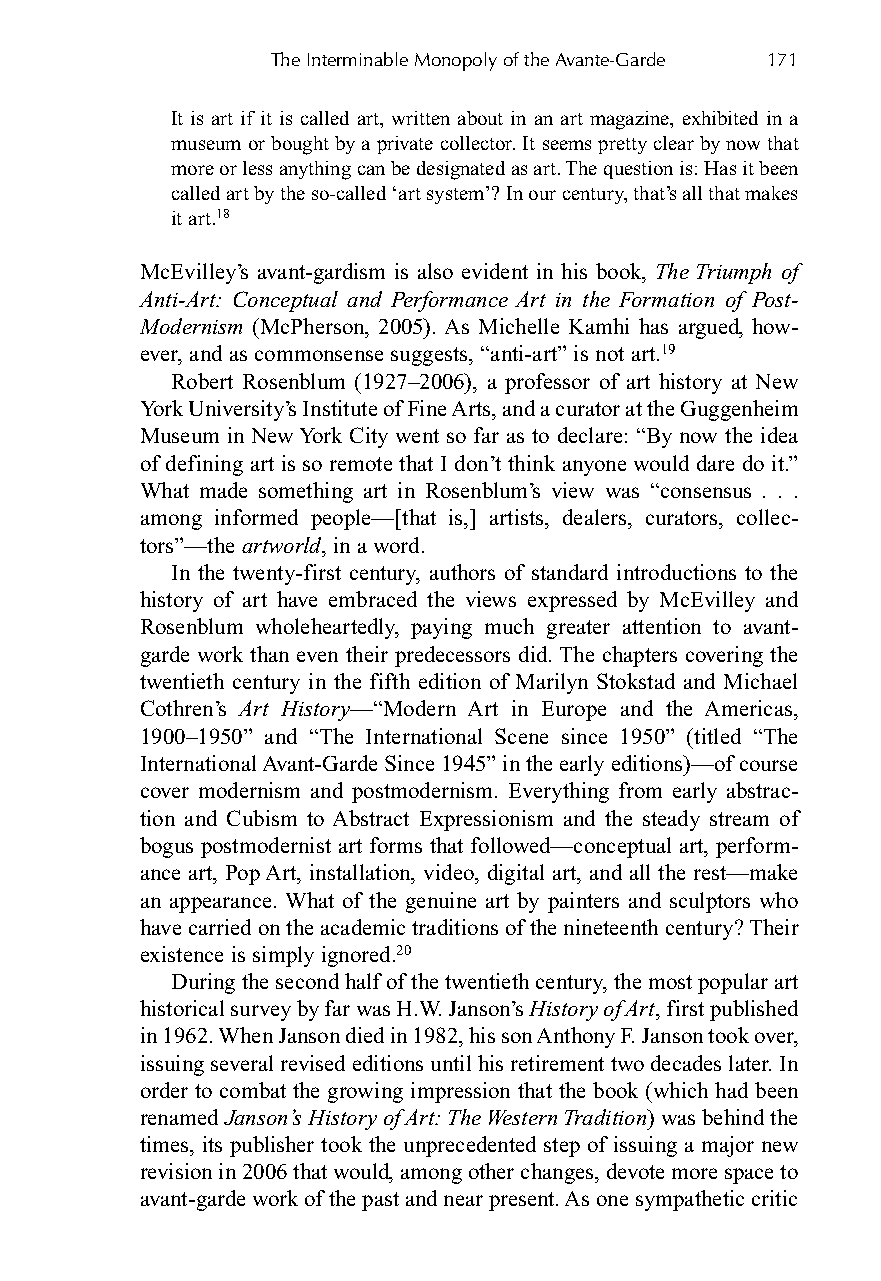
The Interminable Monopoly of the Avante-Garde 171
 It is art if it is called art, written about in an art magazine, exhibited in a
 museum or bought by a private collector. It seems pretty clear by now that
 more or less anything can be designated as art. The question is: Has it been
 called art by the so-called ‘art system’? In our century, that’s all that makes
 it art.18
 McEvilley’s avant-gardism is also evident in his book, The Triumph of
 Anti-Art: Conceptual and Performance Art in the Formation of Post-
 Modernism (McPherson, 2005). As Michelle Kamhi has argued, how-
 ever, and as commonsense suggests, “anti-art” is not art.19
 Robert Rosenblum (1927–2006), a professor of art history at New
 York University’s Institute of Fine Arts, and a curator at the Guggenheim
 Museum in New York City went so far as to declare: “By now the idea
 of defining art is so remote that I don’t think anyone would dare do it.”
 What made something art in Rosenblum’s view was “consensus . . .
 among informed people—[that is,] artists, dealers, curators, collec-
 tors”—the artworld, in a word.
 In the twenty-first century, authors of standard introductions to the
 history of art have embraced the views expressed by McEvilley and
 Rosenblum wholeheartedly, paying much greater attention to avant-
 garde work than even their predecessors did. The chapters covering the
 twentieth century in the fifth edition of Marilyn Stokstad and Michael
 Cothren’s Art History—“Modern Art in Europe and the Americas,
 1900–1950” and “The International Scene since 1950” (titled “The
 International Avant-Garde Since 1945” in the early editions)—of course
 cover modernism and postmodernism. Everything from early abstrac-
 tion and Cubism to Abstract Expressionism and the steady stream of
 bogus postmodernist art forms that followed—conceptual art, perform-
 ance art, Pop Art, installation, video, digital art, and all the rest—make
 an appearance. What of the genuine art by painters and sculptors who
 have carried on the academic traditions of the nineteenth century? Their
 existence is simply ignored.20
 During the second half of the twentieth century, the most popular art
 historical survey by far was H.W. Janson’s History of Art, first published
 in 1962. When Janson died in 1982, his son Anthony F. Janson took over,
 issuing several revised editions until his retirement two decades later. In
 order to combat the growing impression that the book (which had been
 renamed Janson’s History of Art: The Western Tradition) was behind the
 times, its publisher took the unprecedented step of issuing a major new
 revision in 2006 that would, among other changes, devote more space to
 avant-garde work of the past and near present. As one sympathetic critic